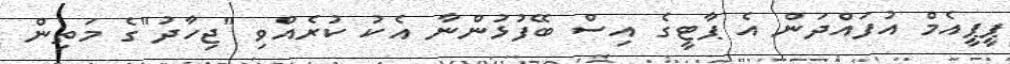
ޕީޕީއެމް އުފައްދަން އެ ޕާޓީގެ އިސް ބޭފުޅުންނާ އެކު ކުރެއްވި "ޖިހާދު"ގެ މަތިން